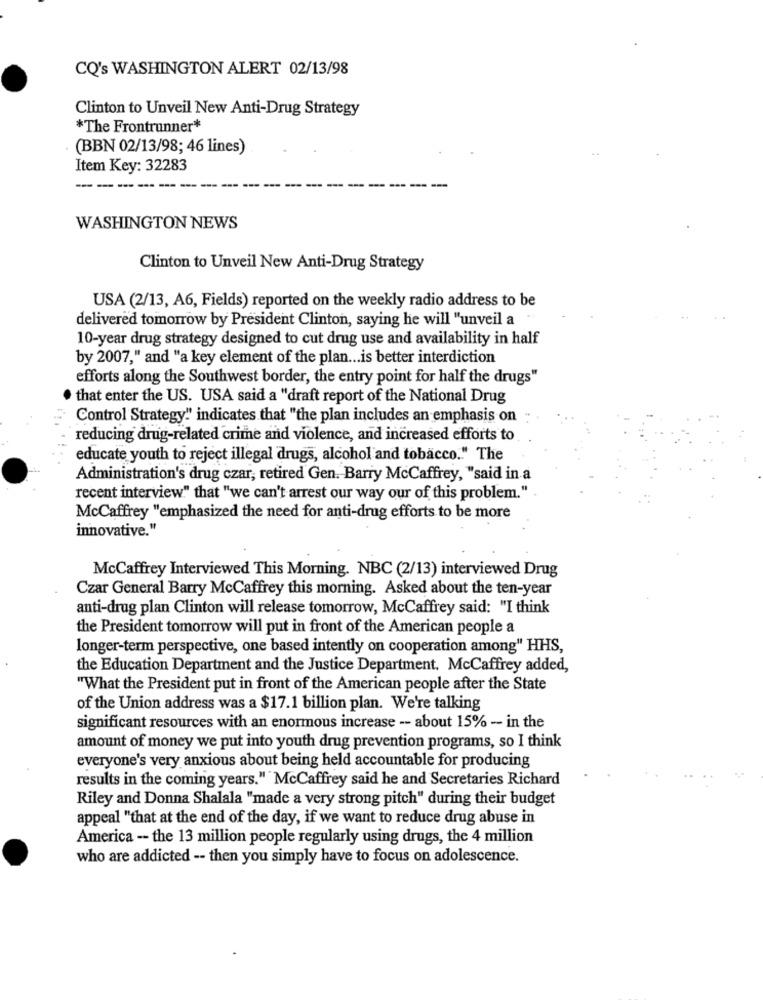
CQ's WASHINGTON ALERT 02/13/98
Clinton to Unveil New Anti-Drug Strategy
*The Frontrunner*
(BBN 02/13/98; 46 lines)
Item Key: 32283
---------
-
WASHINGTON NEWS
Clinton to Unveil New Anti-Drug Strategy
USA (2/13, A6, Fields) reported on the weekly radio address to be
delivered tomorrow by President Clinton, saying he will "unveil a
10-year drug strategy designed to cut drug use and availability in half
by 2007," and "a key element of the plan ... is better interdiction
efforts along the Southwest border, the entry point for half the drugs"
that enter the US. USA said a "draft report of the National Drug
Control Strategy"' indicates that "the plan includes an emphasis on "
reducing drug-related crime and violence, and increased efforts to
educate youth to reject illegal drugs, alcohol and tobacco." The
Administration's drug czar, retired Gen. Barry McCaffrey, "said in a
recent interview" that "we can't arrest our way our of this problem."
McCaffrey "emphasized the need for anti-drug efforts to be more
innovative."
McCaffrey Interviewed This Morning. NBC (2/13) interviewed Drug
Czar General Barry McCaffrey this morning. Asked about the ten-year
anti-drug plan Clinton will release tomorrow, McCaffrey said: "I think
the President tomorrow will put in front of the American people a
longer-term perspective, one based intently on cooperation among" HHS,
the Education Department and the Justice Department. McCaffrey added,
"What the President put in front of the American people after the State
of the Union address was a $17.1 billion plan. We're talking
significant resources with an enormous increase -- about 15% - in the
amount of money we put into youth drug prevention programs, so I think
everyone's very anxious about being held accountable for producing
results in the coming years."" McCaffrey said he and Secretaries Richard
Riley and Donna Shalala "made a very strong pitch" during their budget
appeal "that at the end of the day, if we want to reduce drug abuse in
America -- the 13 million people regularly using drugs, the 4 million
who are addicted -- then you simply have to focus on adolescence.